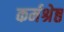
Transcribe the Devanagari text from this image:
कर्मश्रेष्ठ